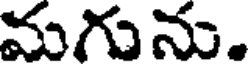
మగును.